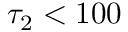
\tau _ { 2 } < 1 0 0